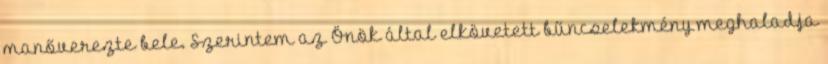
manőverezte bele. Szerintem az Önök által elkövetett bűncselekmény meghaladja